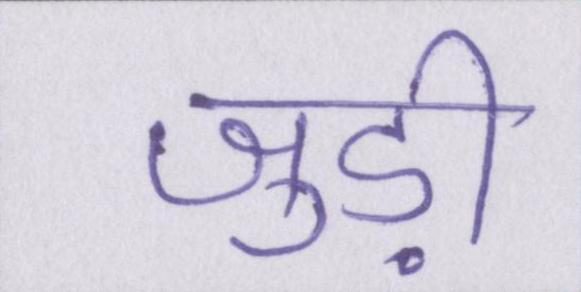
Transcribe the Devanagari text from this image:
जुड़ी